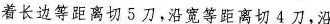
着长边等距离切5刀，沿宽等距离切4刀，沿